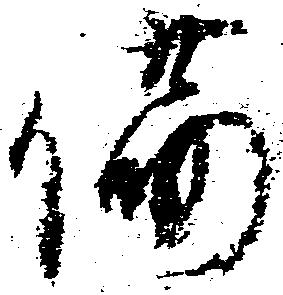
荷